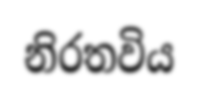
නිරතවිය